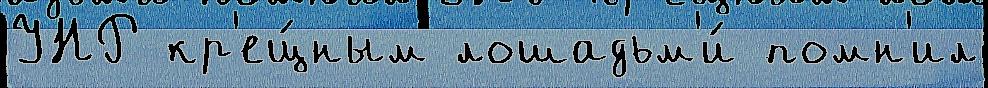
УНР кр'ещ́ным лошадьм'и́ помн'ил